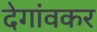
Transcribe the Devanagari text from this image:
देगांवकर